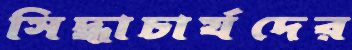
সিদ্ধাচার্যদের